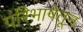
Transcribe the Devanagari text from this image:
परिभाषेतून